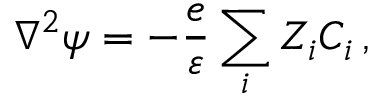
\nabla ^ { 2 } \psi = - \frac { e } { \varepsilon } \sum _ { i } Z _ { i } C _ { i } \, ,